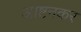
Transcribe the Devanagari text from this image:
आष्टनकर